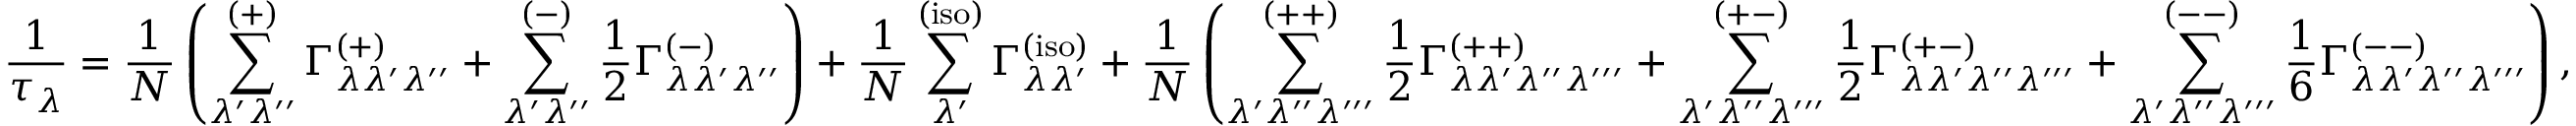
\frac { 1 } { \tau _ { \lambda } } = \frac { 1 } { N } \left( \displaystyle \sum _ { \lambda ^ { \prime } \lambda ^ { \prime \prime } } ^ { ( + ) } \Gamma _ { \lambda \lambda ^ { \prime } \lambda ^ { \prime \prime } } ^ { ( + ) } + \displaystyle \sum _ { \lambda ^ { \prime } \lambda ^ { \prime \prime } } ^ { ( - ) } \frac { 1 } { 2 } \Gamma _ { \lambda \lambda ^ { \prime } \lambda ^ { \prime \prime } } ^ { ( - ) } \right) + \frac { 1 } { N } \displaystyle \sum _ { \lambda ^ { \prime } } ^ { \mathrm { ( i s o ) } } \Gamma _ { \lambda \lambda ^ { \prime } } ^ { \mathrm { ( i s o ) } } + \frac { 1 } { N } \left( \displaystyle \sum _ { \lambda ^ { \prime } \lambda ^ { \prime \prime } \lambda ^ { \prime \prime \prime } } ^ { ( + + ) } \frac { 1 } { 2 } \Gamma _ { \lambda \lambda ^ { \prime } \lambda ^ { \prime \prime } \lambda ^ { \prime \prime \prime } } ^ { ( + + ) } + \displaystyle \sum _ { \lambda ^ { \prime } \lambda ^ { \prime \prime } \lambda ^ { \prime \prime \prime } } ^ { ( + - ) } \frac { 1 } { 2 } \Gamma _ { \lambda \lambda ^ { \prime } \lambda ^ { \prime \prime } \lambda ^ { \prime \prime \prime } } ^ { ( + - ) } + \displaystyle \sum _ { \lambda ^ { \prime } \lambda ^ { \prime \prime } \lambda ^ { \prime \prime \prime } } ^ { ( -- ) } \frac { 1 } { 6 } \Gamma _ { \lambda \lambda ^ { \prime } \lambda ^ { \prime \prime } \lambda ^ { \prime \prime \prime } } ^ { ( -- ) } \right) ,